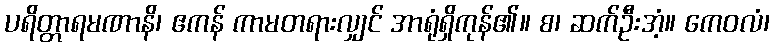
ပရိတ္တာရမဏာနိ၊ ဧကန် ကာမတရားလျှင် အာရုံရှိကုန်၏။ စ၊ ဆက်ဦးအံ့။ ကေဝလံ၊